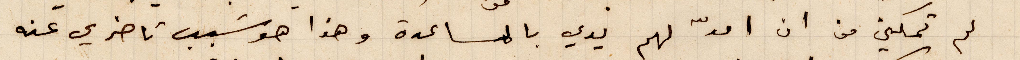
لم تمكني من ان امدّ لهم يدي بالمساعدة وهذا هو سبب تاخري عنه